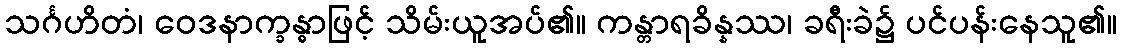
သင်္ဂဟိတံ၊ ဝေဒနာက္ခန္ဓာဖြင့် သိမ်းယူအပ်၏။ ကန္တာရခိန္နဿ၊ ခရီးခဲ၌ ပင်ပန်းနေသူ၏။